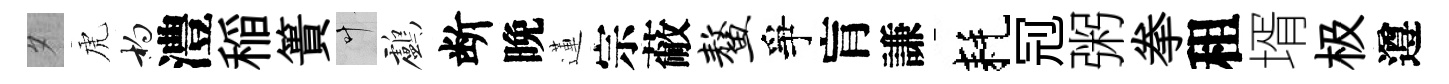
夕虎杓澧稲簣叶鸕断晚蓮宗蔽鳌爭肓謙耗𠜍粥拳租壻极遵